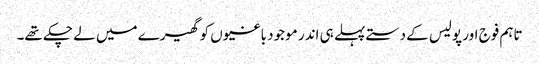
تاہم فوج اور پولیس کے دستے پہلے ہی اندر موجود باغیوں کو گھیرے میں لے چکے تھے۔